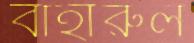
বাহারুল